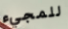
للمجيء